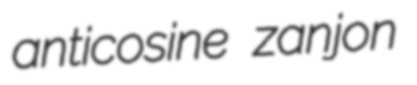
anticosine zanjon